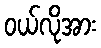
ဝယ်လိုအား